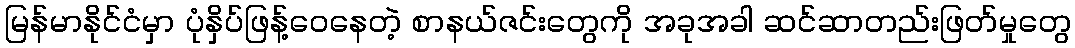
မြန်မာနိုင်ငံမှာ ပုံနှိပ်ဖြန့်ဝေနေတဲ့ စာနယ်ဇင်းတွေကို အခုအခါ ဆင်ဆာတည်းဖြတ်မှုတွေ